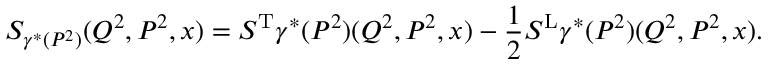
S _ { \gamma ^ { * } ( P ^ { 2 } ) } ( Q ^ { 2 } , P ^ { 2 } , x ) = S ^ { \mathrm { T } } { \gamma ^ { * } ( P ^ { 2 } ) } ( Q ^ { 2 } , P ^ { 2 } , x ) - { \frac { 1 } { 2 } } S ^ { \mathrm { L } } { \gamma ^ { * } ( P ^ { 2 } ) } ( Q ^ { 2 } , P ^ { 2 } , x ) .